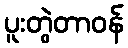
ပူးတွဲတာဝန်